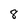
Character: 8